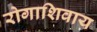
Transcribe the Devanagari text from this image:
रोगाशिवाय